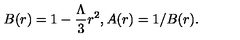
B ( r ) = 1 - { \frac { \Lambda } { 3 } } r ^ { 2 } , A ( r ) = 1 / B ( r ) .